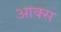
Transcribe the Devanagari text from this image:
आक्स